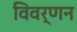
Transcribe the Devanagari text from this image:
विवर्णन